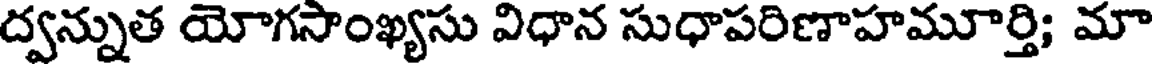
ద్వన్నుత యోగసాంఖ్యసు విధాన సుధాపరిణాహమూర్తి; మా